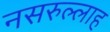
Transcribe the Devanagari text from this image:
नसरुल्लाह